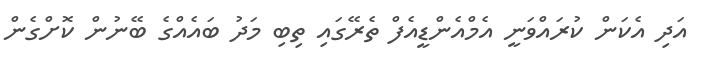
އަދި އެކަން ކުރައްވަނީ އެމްއެންޑީއެފް ތެރޭގައި ތިބި މަދު ބައެއްގެ ބޭނުން ކޮށްގެން